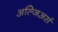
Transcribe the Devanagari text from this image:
अल्जिअर्स